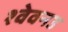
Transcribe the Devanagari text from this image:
श्वेवनउ